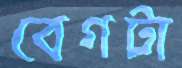
বেগটা